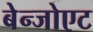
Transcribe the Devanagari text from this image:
बेन्जोएट